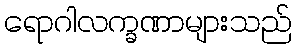
ရောဂါလက္ခဏာများသည်